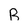
Character: R